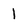
Character: 1